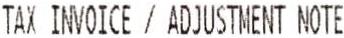
TAX INVOICE / ADJUSTMENT NOTE